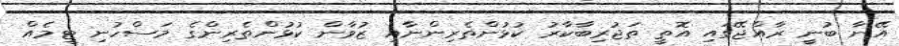
އޭނާ ބުނީ ރާއްޖޭގައި އޮތީ ތަޖުރިބާކާރު ކުޅުންތެރިންނާއި ޒުވާން ކުޅުންތެރިންގެ މަސްހުނި ޓީމެއް